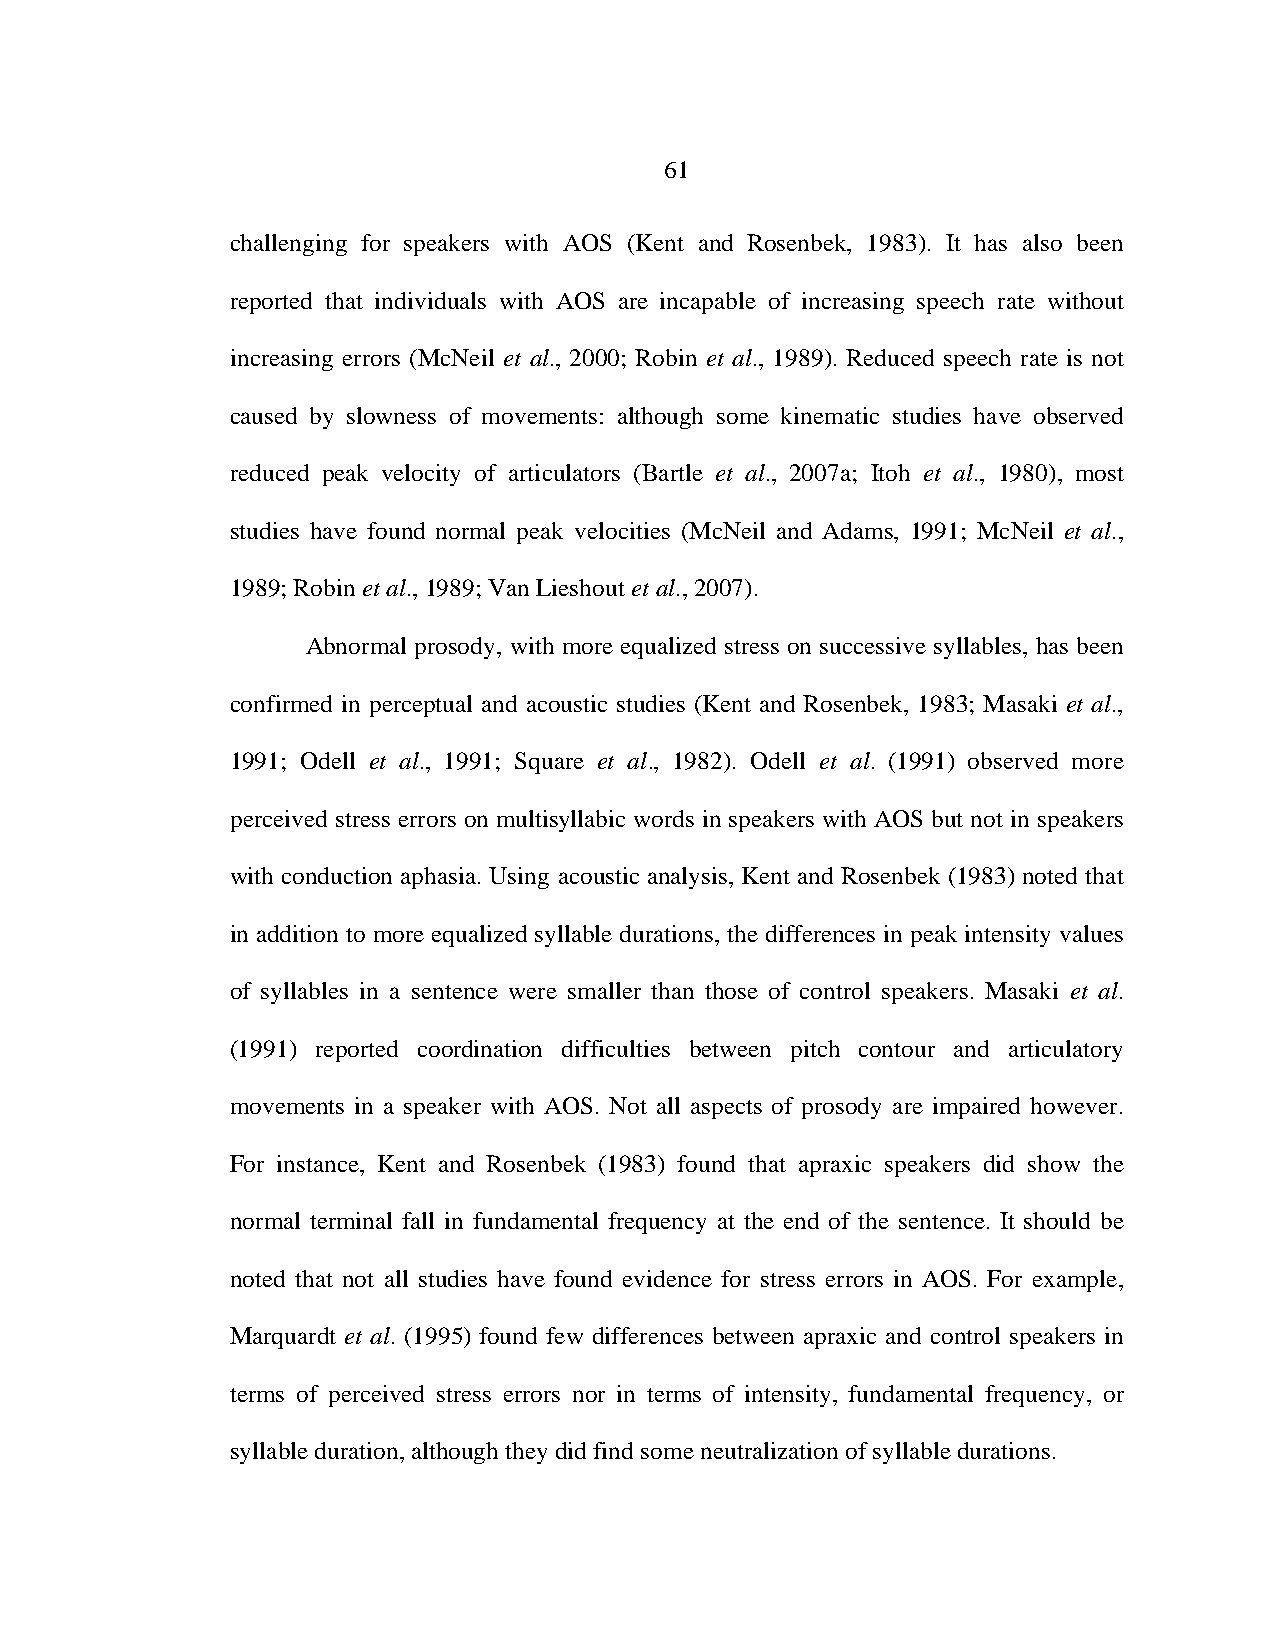
61
 challenging for speakers with AOS (Kent and Rosenbek, 1983). It has also been
 reported that individuals with AOS are incapable of increasing speech rate without
 increasing errors (McNeil et al., 2000; Robin et al., 1989). Reduced speech rate is not
 caused by slowness of movements: although some kinematic studies have observed
 reduced peak velocity of articulators (Bartle et al., 2007a; Itoh et al., 1980), most
 studies have found normal peak velocities (McNeil and Adams, 1991; McNeil et al.,
 1989; Robin et al., 1989; Van Lieshout et al., 2007).
 Abnormal prosody, with more equalized stress on successive syllables, has been
 confirmed in perceptual and acoustic studies (Kent and Rosenbek, 1983; Masaki et al.,
 1991; Odell et al., 1991; Square et al., 1982). Odell et al. (1991) observed more
 perceived stress errors on multisyllabic words in speakers with AOS but not in speakers
 with conduction aphasia. Using acoustic analysis, Kent and Rosenbek (1983) noted that
 in addition to more equalized syllable durations, the differences in peak intensity values
 of syllables in a sentence were smaller than those of control speakers. Masaki et al.
 (1991) reported coordination difficulties between pitch contour and articulatory
 movements in a speaker with AOS. Not all aspects of prosody are impaired however.
 For instance, Kent and Rosenbek (1983) found that apraxic speakers did show the
 normal terminal fall in fundamental frequency at the end of the sentence. It should be
 noted that not all studies have found evidence for stress errors in AOS. For example,
 Marquardt et al. (1995) found few differences between apraxic and control speakers in
 terms of perceived stress errors nor in terms of intensity, fundamental frequency, or
 syllable duration, although they did find some neutralization of syllable durations.